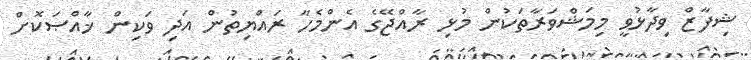
ޝިފާޒް ވިދާޅުވީ މިމަޝްވަރާތަކުން މުޅި ރާއްޖޭގެ އެންމެހާ ރައްޔިތުން އަދި ވަކިން ޚާއްޞަކޮށް